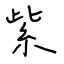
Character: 紫